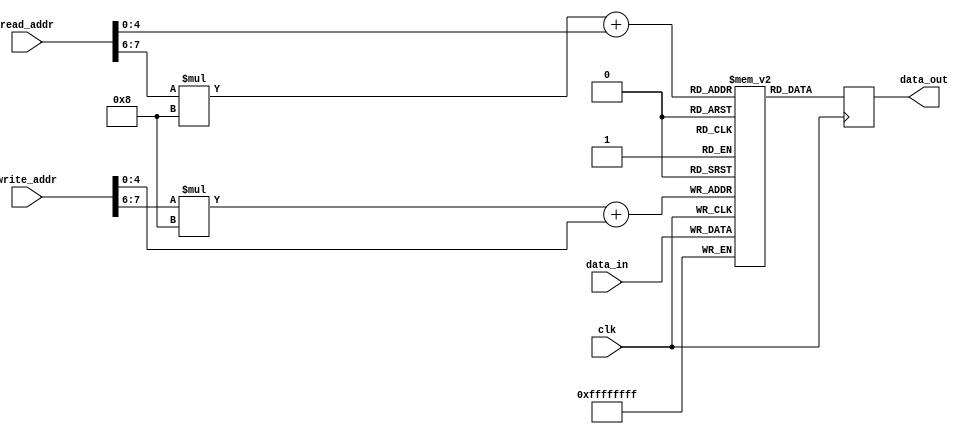
module MemoryBlocksStack(
    input wire clk,
    input wire [7:0] read_addr,
    input wire [7:0] write_addr,
    input wire [31:0] data_in,
    output reg [31:0] data_out
);

reg [31:0] mem_block[0:3][0:7]; // 4 memory blocks with 8 registers each

always @(posedge clk) begin
    // read data from specified register
    data_out = mem_block[read_addr[7:6]][read_addr[5:0]];
    
    // write data to specified register
    mem_block[write_addr[7:6]][write_addr[5:0]] = data_in;
end

endmodule